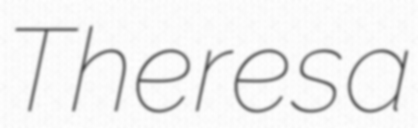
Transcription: Theresa